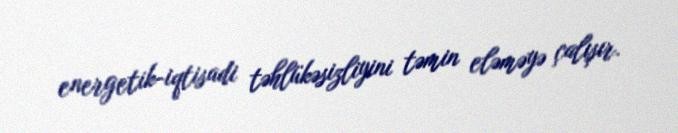
energetik-iqtisadi təhlükəsizliyini təmin eləməyə çalışır.